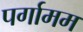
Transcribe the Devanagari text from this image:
पर्गामम